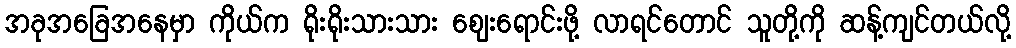
အခုအခြေအနေမှာ ကိုယ်က ရိုးရိုးသားသား ဈေးရောင်းဖို့ လာရင်တောင် သူတို့ကို ဆန့်ကျင်တယ်လို့